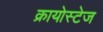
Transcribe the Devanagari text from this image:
क्रायोस्टेज